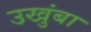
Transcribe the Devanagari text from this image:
उखुंबा